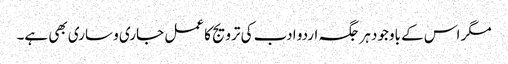
مگر اس کے باوجود ہر جگہ اردو ادب کی ترویج کا عمل جاری و ساری بھی ہے۔